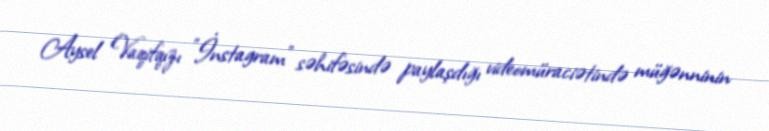
Aysel Vaqifqızı "İnstagram" səhifəsində paylaşdığı videomüraciətində müğənninin